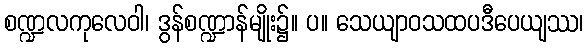
စဏ္ဍလကုလေဝါ၊ ဒွန်စဏ္ဍာန်မျိုး၌။ ပ။ သေယျာဝသထပဒီပေယျဿ၊